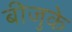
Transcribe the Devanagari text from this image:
बीजुके